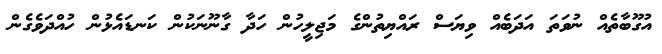
އުގޫބާތެއް ނުވަތަ އަދަބެއް ވިޔަސް ރައްޔިތުންގެ މަޖިލީހުން ހަދާ ގާނޫނަކުން ކަނޑައެޅުން ހުއްދަވެގެން